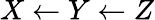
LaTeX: X\leftarrow Y\leftarrow Z